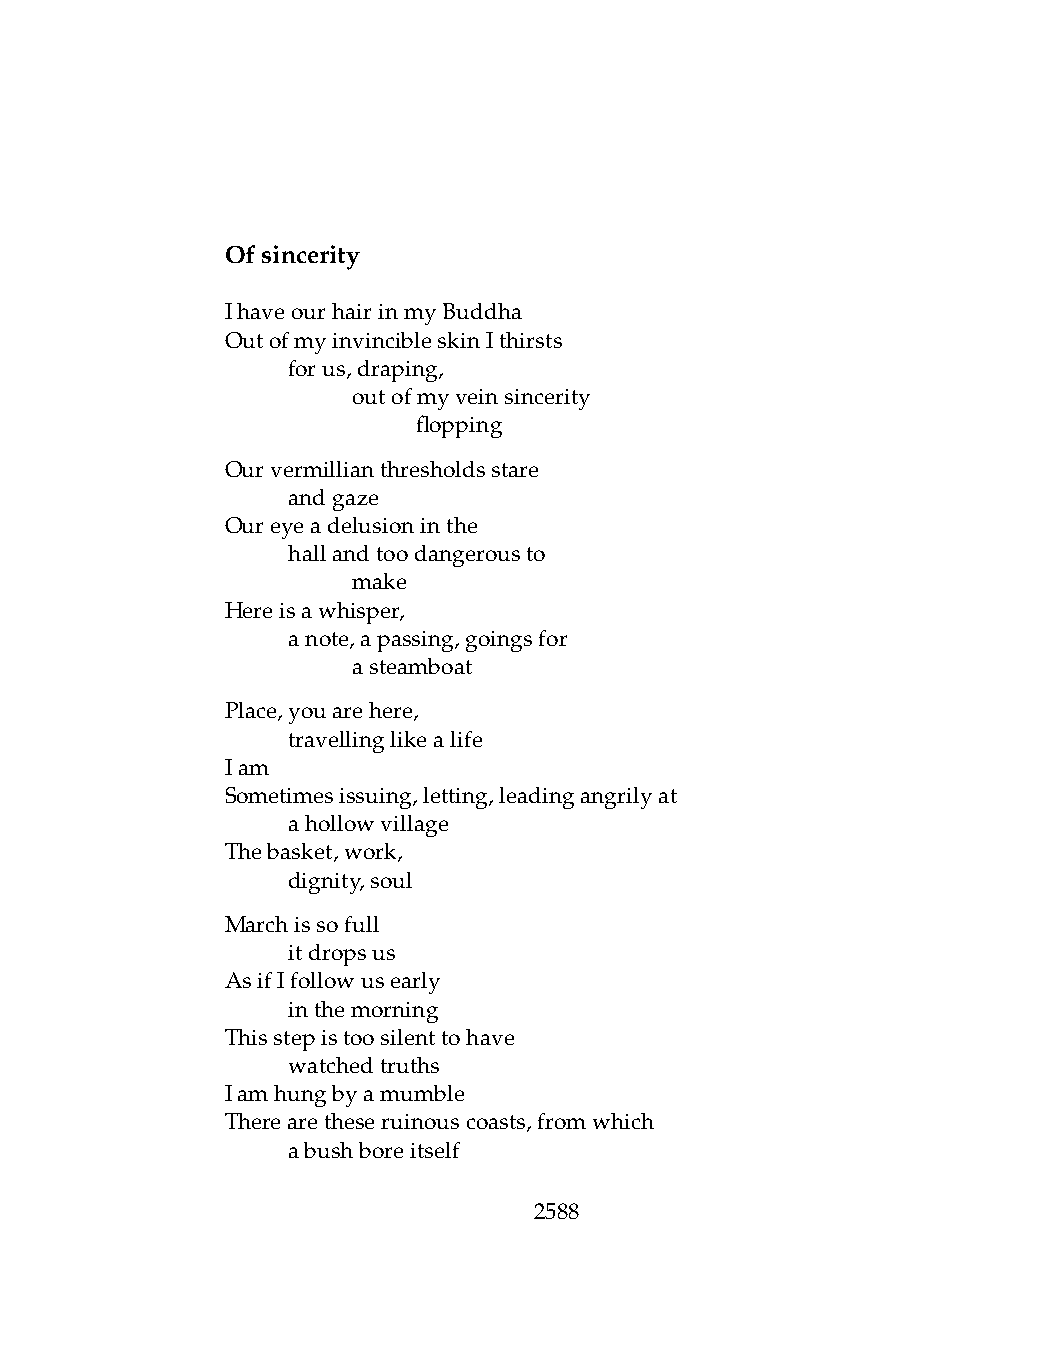
Ofsincerity
 IhaveourhairinmyBuddha
 OutofmyinvincibleskinIthirsts
 .   forus,draping,
 .   .   outofmyveinsincerity
 .   .   .    flopping
 Ourvermillianthresholdsstare
 .   andgaze
 Oureyeadelusioninthe
 .   hallandtoodangerousto
 .   .   make
 Hereisawhisper,
 .   anote,apassing,goingsfor
 .   .   asteamboat
 Place,youarehere,
 .   travellinglikealife
 Iam
 Sometimesissuing,letting,leadingangrilyat
 .   ahollowvillage
 Thebasket,work,
 .   dignity,soul
 Marchissofull
 .   itdropsus
 AsifIfollowusearly
 .   inthemorning
 Thisstepistoosilenttohave
 .   watchedtruths
 Iamhungbyamumble
 Therearetheseruinouscoasts,fromwhich
 .   abushboreitself
 2588